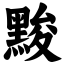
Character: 黢